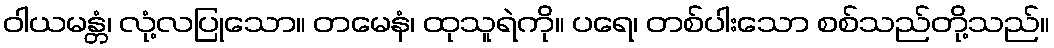
ဝါယမန္တံ၊ လုံ့လပြုသော။ တမေနံ၊ ထုသူရဲကို။ ပရေ၊ တစ်ပါးသော စစ်သည်တို့သည်။